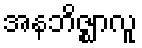
အနဘိဇ္ဈာလူ